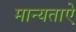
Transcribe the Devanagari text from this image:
मान्यताऐ